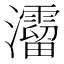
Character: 𤄐